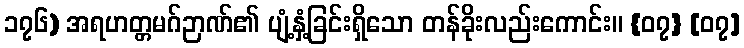
၁၇၆) အရဟတ္တမဂ်ဉာဏ်၏ ပျံ့နှံ့ခြင်းရှိသော တန်ခိုးလည်းကောင်း။ {၀၇} [၀၇]